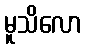
မူသိလော